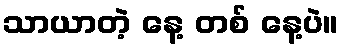
သာယာတဲ့ နေ့ တစ် နေ့ပဲ။